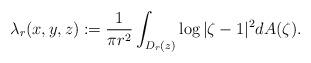
LaTeX: \begin{align*}\lambda_r (x,y,z) := \frac{1}{\pi r^2} \int _{D_r (z)} \log |\zeta -1|^2 dA(\zeta).\end{align*}